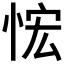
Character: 𰑤